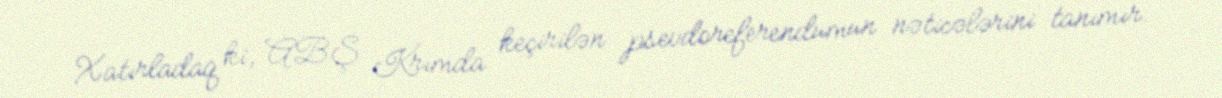
Xatırladaq ki, ABŞ Krımda keçirilən psevdoreferendumun nəticələrini tanımır.